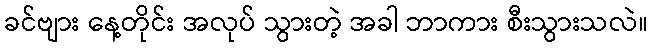
ခင်ဗျား နေ့တိုင်း အလုပ် သွားတဲ့ အခါ ဘာကား စီးသွားသလဲ။